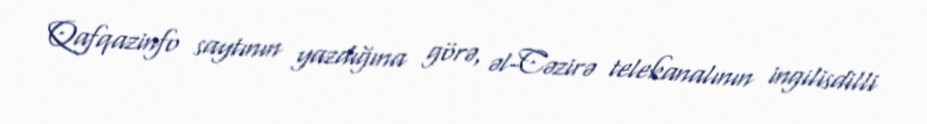
Qafqazinfo saytının yazdığına görə, əl-Cəzirə telekanalının ingilisdilli